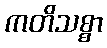
ကတိသစ္စာ